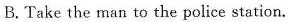
B. Take the man to the police station.